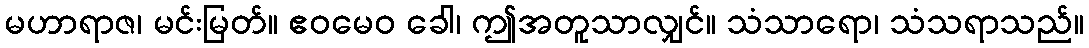
မဟာရာဇ၊ မင်းမြတ်။ ဧဝမေဝ ခေါ၊ ဤအတူသာလျှင်။ သံသာရော၊ သံသရာသည်။